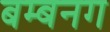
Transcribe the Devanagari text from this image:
बम्बनग